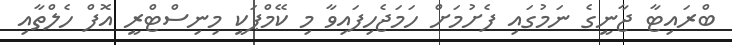
ބްރައިޓާ ޖާނީގެ ނަމުގައި ފެށުމަށް ހަމަޖެހިފައިވާ މި ކޭމްޕަކީ މިނިސްޓްރީ އޮފް ހެލްތާއި